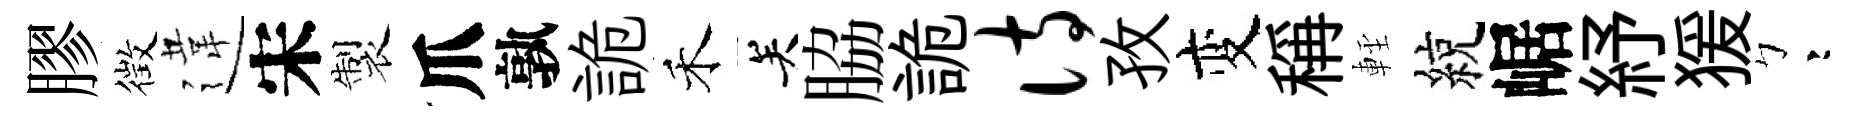
膠徴違宋製爪孰詭禾关脇詭诗孜变稱䡖綂崌紓猨彎